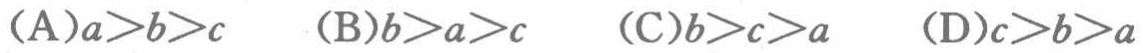
(A)$a > b > c$  (B)$b > a > c$  (C)$b > c > a$  (D)$c > b > a$